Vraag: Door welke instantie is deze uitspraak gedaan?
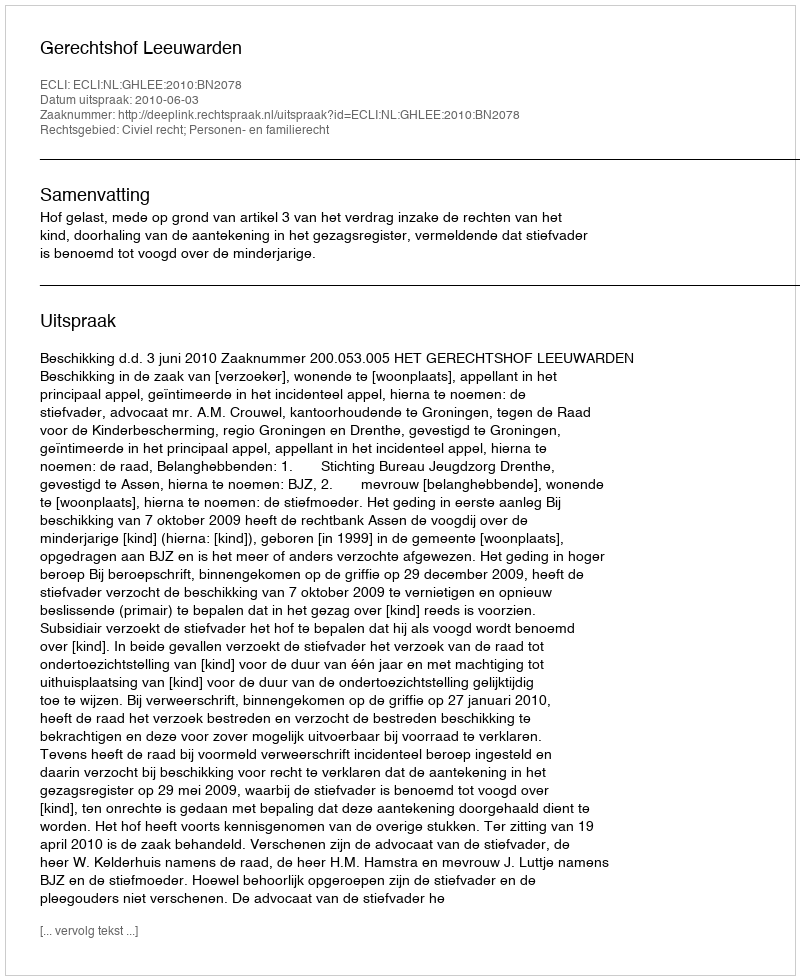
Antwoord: Gerechtshof Leeuwarden